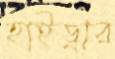
হাইড্রার